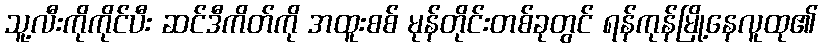
သူ့လီးကိုကိုင်ပီး ဆင်ဒီကိတ်ကို အထူးစစ် မုန်တိုင်းတစ်ခုတွင် ရန်ကုန်မြို့နေလူထု၏